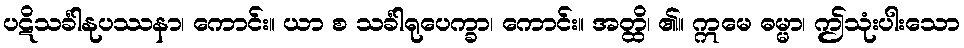
ပဋိသင်္ခါနုပဿနာ၊ ကောင်း။ ယာ စ သင်္ခါရုပေက္ခာ၊ ကောင်း။ အတ္ထိ၊ ၏။ ဣမေ ဓမ္မာ၊ ဤသုံးပါးသော